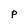
Character: p